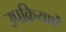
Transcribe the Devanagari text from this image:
उपक्रियाऐं